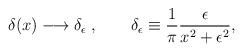
LaTeX: \begin{align*}\delta(x)\longrightarrow \delta_{\epsilon}\;, \qquad \delta_\epsilon\equiv\frac{1}{\pi}\frac{\epsilon}{x^2+\epsilon^2}, \end{align*}